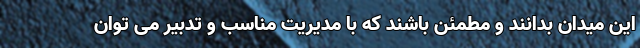
این میدان بدانند و مطمئن باشند که با مدیریت مناسب و تدبیر می توان